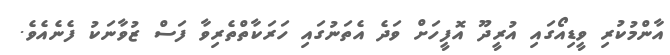
އާންމުކުރި ވީޑިއޯގައި އުރީދޫ އޮފީހަށް ވަދެ އެތަނުގައި ހަރަކާތްތެރިވާ ފަސް ޒުވާނަކު ފެނެއެވެ.